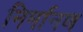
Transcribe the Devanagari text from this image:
निर्मानण